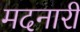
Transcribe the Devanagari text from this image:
मदनारी